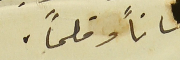
ساناً وقلماً.